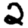
Digit: 2